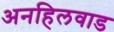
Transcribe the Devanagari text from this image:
अनहिलवाड